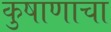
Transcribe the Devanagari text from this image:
कुषाणाचा